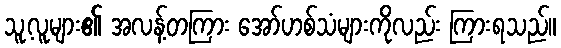
သူ့လူများ၏ အလန့်တကြား အော်ဟစ်သံများကိုလည်း ကြားရသည်။